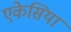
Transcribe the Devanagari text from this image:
एकेसिया